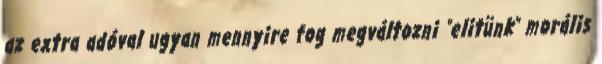
az extra adóval ugyan mennyire fog megváltozni "elitünk" morális